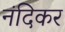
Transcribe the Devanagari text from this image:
नंदिकर